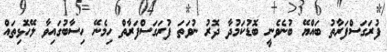
ފުރަގަސްފަރާތު ބައްޔޭ ބުނެވެނީ ބޮޑުކަމުދާ ދޮރު ނުވަތަ ފުރަގަސްފަރާތް ހިމެނޭ ހިސާބުގައިވާ ލޭހޮޅިތައް